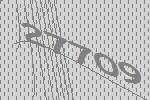
27709